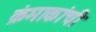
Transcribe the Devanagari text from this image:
क्रंमाकांची